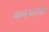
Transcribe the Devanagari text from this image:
मनचन्दा